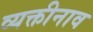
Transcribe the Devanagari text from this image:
व्यक्तीनाव